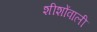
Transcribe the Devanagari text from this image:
शीशोंवाली